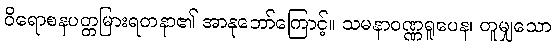
ဝိရောစနပတ္တမြားရတနာ၏ အာနုဘော်ကြောင့်။ သမနာဝဏ္ဏရူပေန၊ တူမျှသော